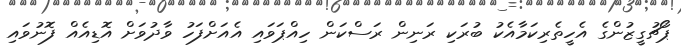
ޕޯޗުގީޒުންގެ އެހީތެރިކަމާއެކު ބުރަކި ރަނިން ރަސްކަން ހިއްޕަވައި އެއަށްފަހު ވާދުވަށް އޮޑިއެއް ފޮނުވައި